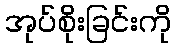
အုပ်စိုးခြင်းကို